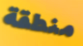
منطقة